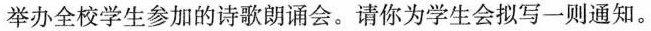
举办全校学生参加的诗歌朗诵会。请你为学生会拟写一则通知。